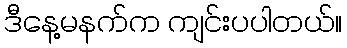
ဒီနေ့မနက်က ကျင်းပပါတယ်။